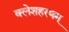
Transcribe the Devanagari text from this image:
क्लेशहरणम्